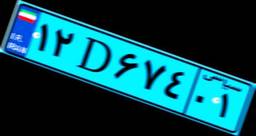
۴۵D۱۲۷۹۹